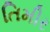
તિમીર